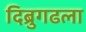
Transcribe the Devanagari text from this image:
दिब्रुगढला